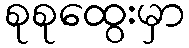
စုစုထွေးမှာ